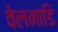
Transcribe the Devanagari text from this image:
वेलनाडि